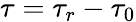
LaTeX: \tau=\tau_{r}-\tau_{0}